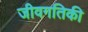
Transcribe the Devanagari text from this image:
जीवगतिकी